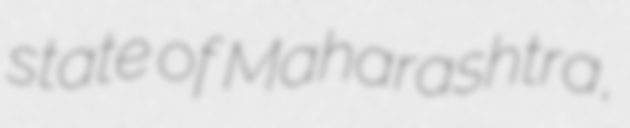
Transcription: state of Maharashtra,